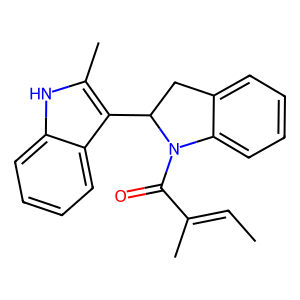
SMILES: CC=C(C)C(=O)N1c2ccccc2CC1c1c(C)[nH]c2ccccc12
Inhibits HIV replication: No